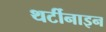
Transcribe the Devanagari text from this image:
थर्टीनाइन